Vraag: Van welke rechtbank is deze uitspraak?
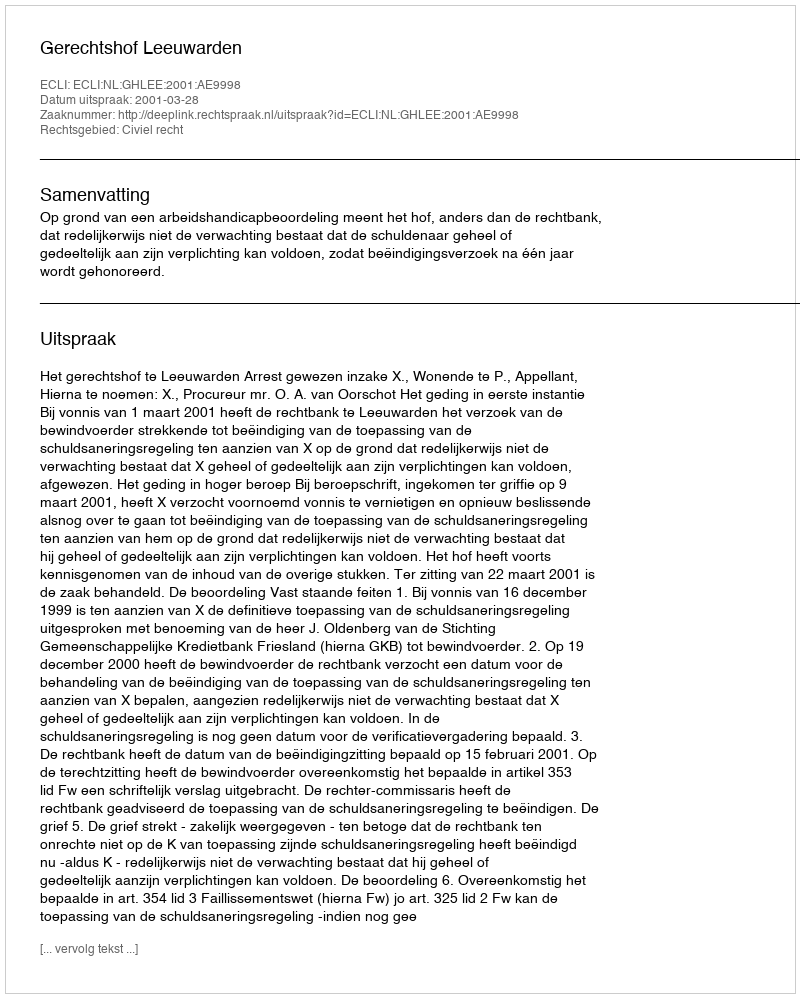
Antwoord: Gerechtshof Leeuwarden